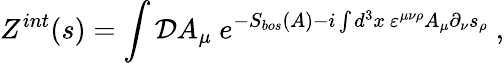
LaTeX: Z^{int}(s)=\int{\cal D}A_{\mu}~e^{-S_{bos}(A)-i\int d^{3}x~\varepsilon^{\mu\nu\rho}A_{\mu}\partial_{\nu}s_{\rho}}~,